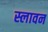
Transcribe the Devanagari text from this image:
स्लावन